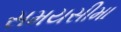
સમયસીમા